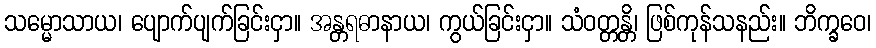
သမ္မောသာယ၊ ပျောက်ပျက်ခြင်းငှာ။ အန္တရဓာနာယ၊ ကွယ်ခြင်းငှာ။ သံဝတ္တန္တိ၊ ဖြစ်ကုန်သနည်း။ ဘိက္ခဝေ၊